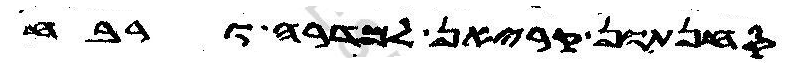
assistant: סחנתון קריאן למדרה ורבח